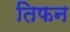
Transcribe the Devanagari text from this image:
तिफन